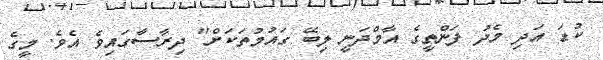
ކުޑަ އަދި މެދު ފަންތީގެ އާމްދަނީ ލިބޭ ގައުމުތަކަށް" ދިރާސާގައިވެ އެވެ. މީގެ